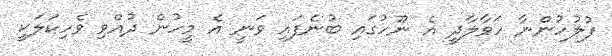
ފުލުހުންނާ ހަވާލާދީ އެ ނޫހުގައި ބުނެފައި ވަނީ އެ މީހުން ދުއްވި ވެހިކަލަކީ